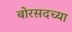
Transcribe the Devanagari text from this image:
बोरसदच्या